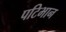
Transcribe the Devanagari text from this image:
पटिभान